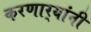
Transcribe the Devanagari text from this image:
करणार्‍यांनी